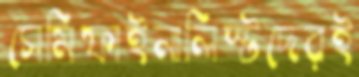
সেমিফাইনালিস্টদেরই